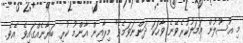
މި އުސޫލުން އަމަލުކުރެވޭނެ ވާހަކަ ދަންނަވަމެވެ" މިރާއިން އާންމު ކުރި ބަޔާނެއްގައިވެ އެވެ.